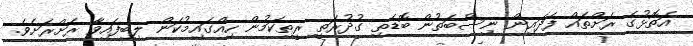
އަތޮޅުގެ ރަށްތައް ފަދައިން ނިސްބަތުން ބޮޑެތި ގުދުރަތީ ރީތިކަމުން ހިއްގައިމުކަން ލިބިފައިވާ ރަށްރަށެވެ.